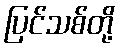
ပြင်သစ်တို့